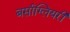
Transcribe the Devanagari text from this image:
बर्साग्लियरी